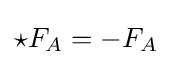
\star F_{A}=-F_{A}